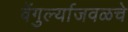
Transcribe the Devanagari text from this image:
वेंगुर्ल्याजवळचे